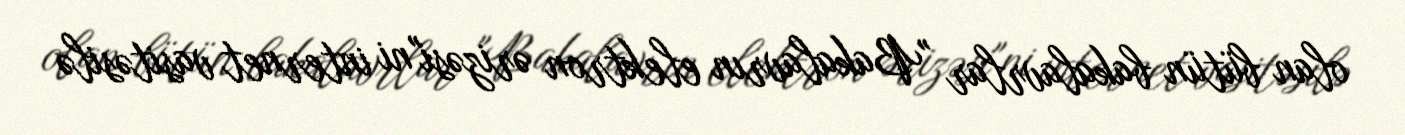
olan bütün bakalavrlar "Bakalavrın elektron ərizəsi"ni internet vasitəsilə